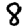
Digit: 8